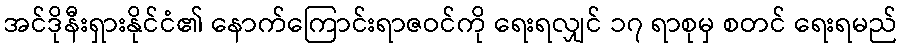
အင်ဒိုနီးရှားနိုင်ငံ၏ နောက်ကြောင်းရာဇဝင်ကို ရေးရလျှင် ၁၇ ရာစုမှ စတင် ရေးရမည်